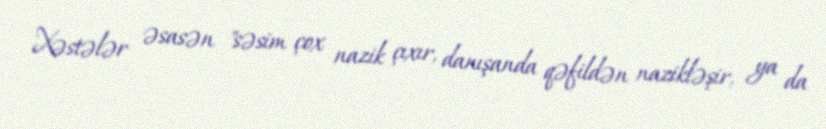
Xəstələr əsasən "səsim çox nazik çıxır, danışanda qəfildən nazikləşir, ya da